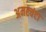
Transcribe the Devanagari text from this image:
अमरचंटा